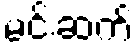
မင်းဆက်